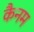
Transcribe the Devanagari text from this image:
कैनम